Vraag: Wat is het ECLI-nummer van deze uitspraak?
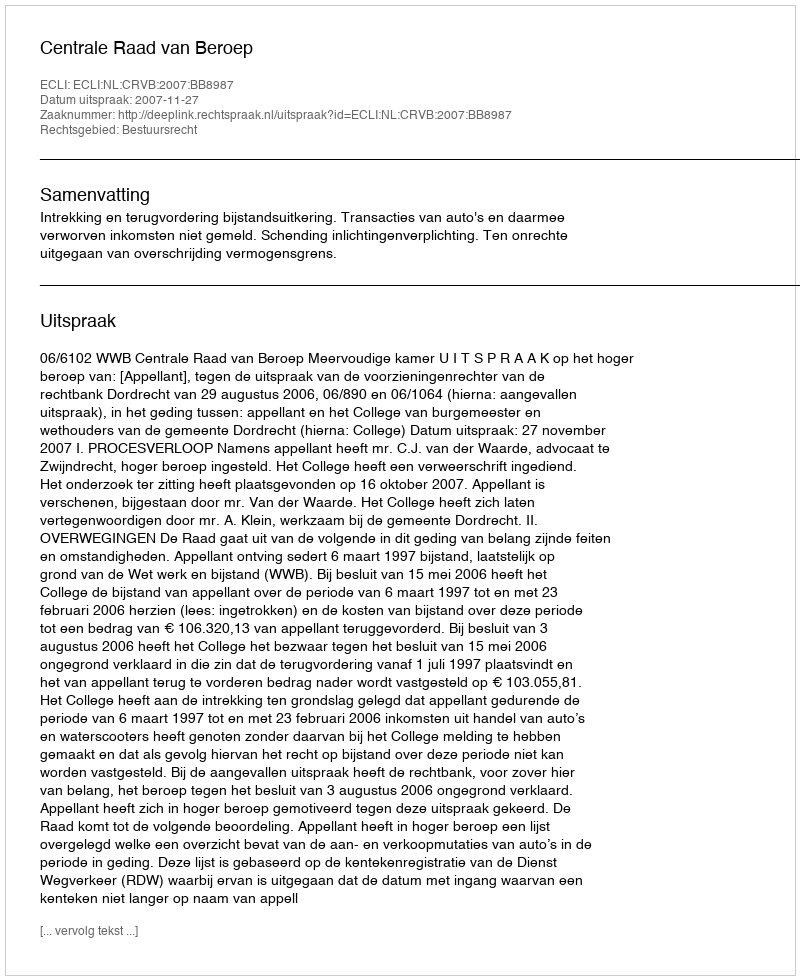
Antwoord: ECLI:NL:CRVB:2007:BB8987